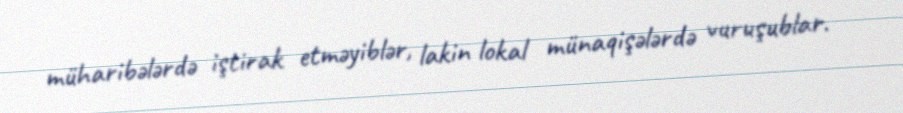
müharibələrdə iştirak etməyiblər, lakin lokal münaqişələrdə vuruşublar.